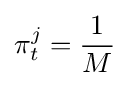
\pi _{t}^{j}={\frac {1}{M}}